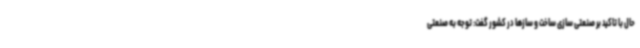
حال با تاکید بر صنعتی سازی ساخت و سازها در کشور گفت: توجه به صنعتی